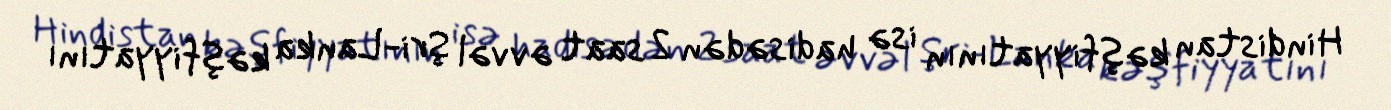
Hindistan kəşfiyyatının isə hadisədən 2 saat əvvəl Şri-Lanka kəşfiyyatını